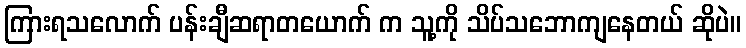
ကြားရသလောက် ပန်းချီဆရာတယောက် က သူ့ကို သိပ်သဘောကျနေတယ် ဆိုပဲ။